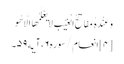
وَعِنْدَهُ مَفَاتِحُ الْغَیْبِ لَا یَعْلَمُهَا اِلَّا هُوَ ‌
[۴] انعام/سوره۶، آیه۵۹۔